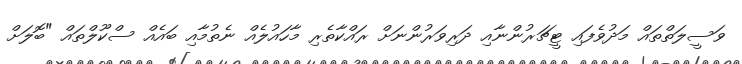
ވަސީލަތްތައް މަދުވެފައި ޓީޗަރުންނާއި ދަރިވަރުންނަށް ރައްކާތެރި މާހައުލެއް ނެތުމާއި ބައެއް ސްކޫލްތައް "ބޮލަށް